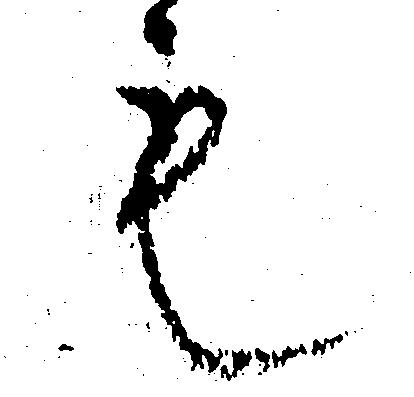
も